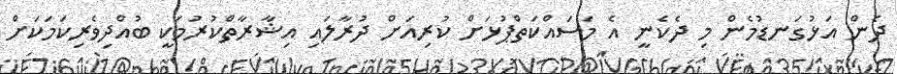
ދެން އަޅުގަނޑުމެން މި ދެކެނީ އެ މަސައްކަތްޕުޅަށް ކުރިއަށް ދުރާލައި އިޝާރާތްކުރުމަކީ ބުއްދިވެރިކަމަކަށް